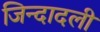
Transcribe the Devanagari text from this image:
जिन्दादली